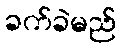
ခက်ခဲမည်